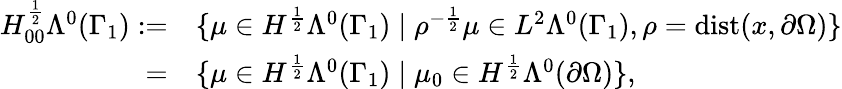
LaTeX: \begin{array}{rl}{H_{00}^{\frac{1}{2}}\Lambda^{0}(\Gamma_{1}):=}&{{}\{ \mu\in H^{\frac{1}{2}}\Lambda^{0}(\Gamma_{1})\mid\rho^{-\frac{1}{2}}\mu\in L^{2}\Lambda^{0}(\Gamma_{1}),\rho=\mathrm{dist}(x,\partial\Omega)\} }\\ {=}&{{}\{ \mu\in H^{\frac{1}{2}}\Lambda^{0}(\Gamma_{1})\mid\mu_{0}\in H^{\frac{1}{2}}\Lambda^{0}(\partial\Omega)\} ,}\end{array}